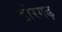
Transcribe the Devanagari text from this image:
डोरगढ़